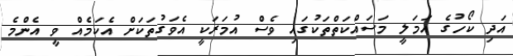
އަދި ކޯހުގެ އަމަލީ މަސައްކަތްތަކުގައި ވެސް އުމަރަކީ އެވަގުތަކަށް އެކަމެއް ވީ އެންމެ